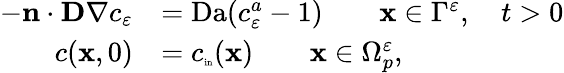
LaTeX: \begin{array}{rl}{-\mathbf n\cdot\textbf{D}\nabla c_{\varepsilon}}&{=\mathrm{Da}(c_{\varepsilon}^{a}-1)\qquad\mathbf x\in\Gamma^{\varepsilon},\quad t>0}\\ {c(\mathbf x,0)}&{=c_{\mathrm{\tiny{in}}}(\mathbf x)\qquad\mathbf x\in\Omega_{p}^{\varepsilon},}\end{array}